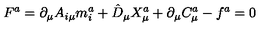
F ^ { a } = \partial _ { \mu } A _ { i \mu } m _ { i } ^ { a } + \hat { D } _ { \mu } X _ { \mu } ^ { a } + \partial _ { \mu } C _ { \mu } ^ { a } - f ^ { a } = 0